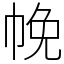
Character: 㡈